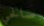
صالحي